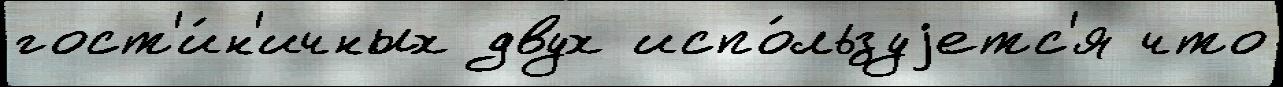
гост'и́н'ичных двух испо́льзуjетс'я что